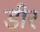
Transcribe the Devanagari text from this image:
डीर